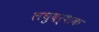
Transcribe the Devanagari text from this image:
लघुदर्शक